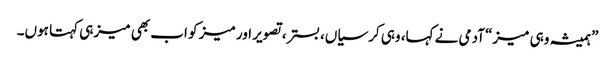
”ہمیشہ وہی میز“ آدمی نے کہا، وہی کرسیاں، بستر، تصویر اور میز کو اب بھی میز ہی کہتا ہوں۔